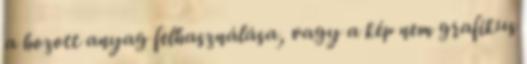
a hozott anyag felhasználása, vagy a kép nem grafikus